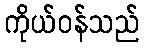
ကိုယ်ဝန်သည်